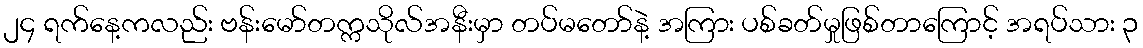
၂၄ ရက်နေ့ကလည်း ဗန်းမော်တက္ကသိုလ်အနီးမှာ တပ်မတော်နဲ့ အကြား ပစ်ခတ်မှုဖြစ်တာကြောင့် အရပ်သား ၃